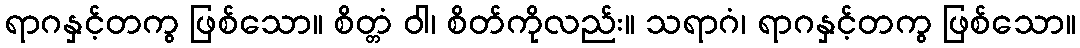
ရာဂနှင့်တကွ ဖြစ်သော။ စိတ္တံ ဝါ၊ စိတ်ကိုလည်း။ သရာဂံ၊ ရာဂနှင့်တကွ ဖြစ်သော။